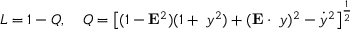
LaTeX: { \cal L } = 1 - Q , \; \; \: \; Q = \left[ ( 1 - { \bf E } ^ { 2 } ) ( 1 + { \bf \nabla } y ^ { 2 } ) + ( { \bf E } \cdot { \bf \nabla } y ) ^ { 2 } - { \dot { y } } ^ { 2 } \right] ^ { \frac { 1 } { 2 } }